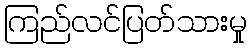
ကြည်လင်ပြတ်သားမှု